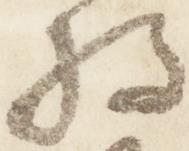
将